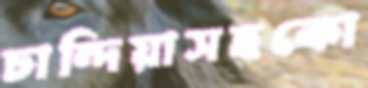
চান্দিয়াসহকো